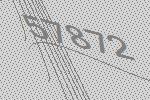
57872